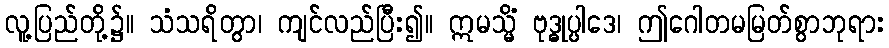
လူ့ပြည်တို့၌။ သံသရိတွာ၊ ကျင်လည်ပြီး၍။ ဣမသ္မိံ ဗုဒ္ဓုပ္ပါဒေ၊ ဤဂေါတမမြတ်စွာဘုရား